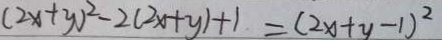
( 2 x + y ) ^ { 2 } - 2 ( 2 x + y ) + 1 = ( 2 x + y - 1 ) ^ { 2 }